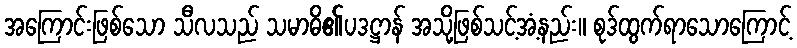
အကြောင်းဖြစ်သော သီလသည် သမာဓိ၏ပဒဋ္ဌာန် အသို့ဖြစ်သင့်အံ့နည်း။ စုဒ်ထွက်ရာသောကြောင့်